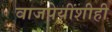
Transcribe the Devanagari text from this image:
वाजपेयींशीही